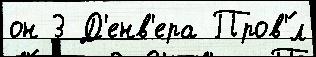
он 3 Д'енв'ера Пров'́л